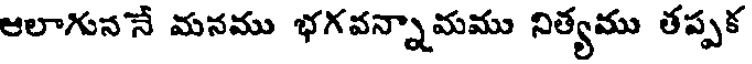
ఆలాగుననే మనము భగవన్నామము నిత్యము తప్పక